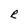
Character: R